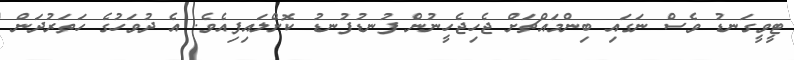
ޓީވީގަނޑު ވެސް ނަގައި ބިންމައްޗަށް ޖެހިޖެހީނުން ފުނޑުފުނޑު ކޮށްލައިފިއެވެ. އެ ދުވަހުގެ ހަތަރުދަން